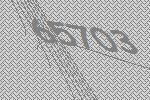
65703